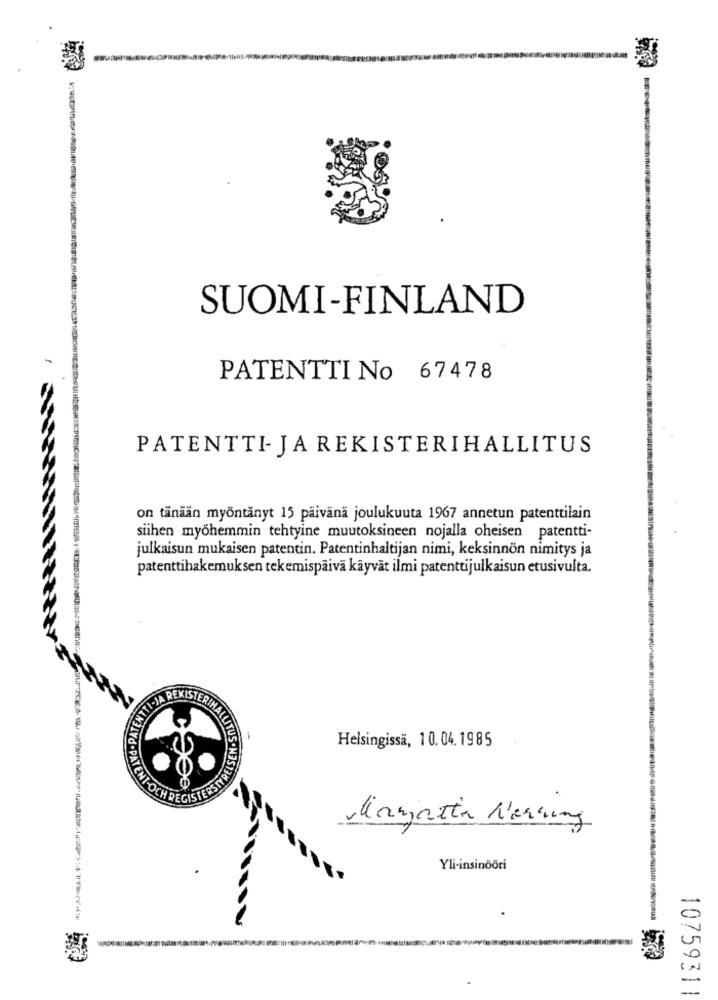
SUOMI-FINLAND
PATENTTI No 67478
PATENTTI- JA REKISTERIHALLITUS
on tänään myöntänyt 15 paivana joulukuuta 1967 annetun patenttilain
siihen myöhemmin tehtyine muutoksineen nojalla oheisen patentti-
julkaisun mukaisen patentin. Patentinhaltijan nimi, keksinnön nimitys ja
patenttihakemuksen tekemispäivä käyvät ilmi patenttijulkaisun etusivulta.
TTI-JA REXISTE
Helsingissä, 10.04.1985
ALLITUS . NASHJENISE
NT-OCH DEGISTERSITO
Vianatta Nerung
Yli-insinoőri
10759311